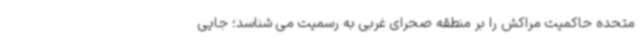
متحده حاکمیت مراکش را بر منطقه صحرای غربی به رسمیت می شناسد؛ جایی